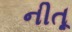
નીતૂ